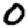
Digit: 0